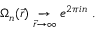
\Omega _ { n } ( \vec { r } ) \mathrel { \mathop \rightarrow _ { \vec { r } \to \infty } } e ^ { 2 \pi i n } ~ .